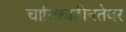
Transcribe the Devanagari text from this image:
चारित्र्यहीनतेवर